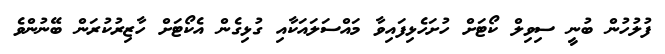
ފުލުހުން ބުނީ ސިވިލް ކޯޓަށް ހުށަހެޅިފައިވާ މައްސަލައަކާއި ގުޅިގެން އެކޯޓަށް ހާޒިރުކުރަން ބޭނުންވެ